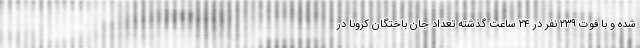
شده‌ و با فوت ۲۳۹ نفر در ۲۴ ساعت گذشته تعداد جان باختگان کرونا در